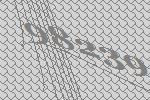
98239